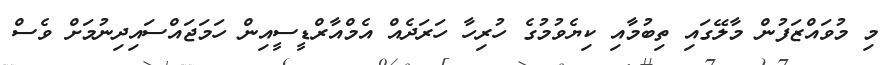
މި މުވައްޒަފުން މާލޭގައި ތިބުމާއި ކިޔެވުމުގެ ހުރިހާ ހަރަދެއް އެމްއާރްޑީސީއިން ހަމަޖައްސައިދިނުމަށް ވެސް